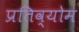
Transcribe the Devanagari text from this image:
प्रतिव्योम